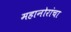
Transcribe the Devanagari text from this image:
महानोरांचा